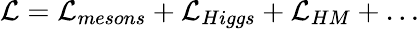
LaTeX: {\cal L}={\cal L}_{mesons}+{\cal L}_{Higgs}+{\cal L}_{HM}+\ldots